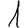
Digit: 1